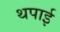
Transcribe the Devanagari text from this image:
थपाई